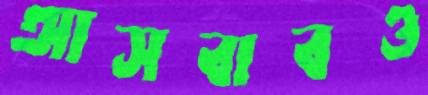
আসবাবও